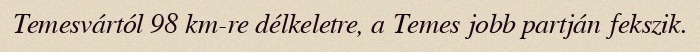
Temesvártól 98 km-re délkeletre, a Temes jobb partján fekszik.